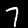
Label: 7